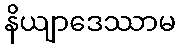
နိယျာဒေဿာမ